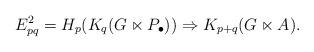
LaTeX: \begin{align*}E^2_{p q} = H_p(K_q(G \ltimes P_\bullet)) \Rightarrow K_{p + q}(G \ltimes A).\end{align*}